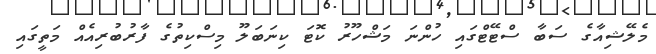
މެލޭޝިއާގެ ސަބާ ސްޓޭޓްގައި ހުންނަ މަޝްހޫރު ކޮޓަ ކިނަބަލޫ މިސްކިތުގެ ފާރުބުރިއެއް މަތީގައި